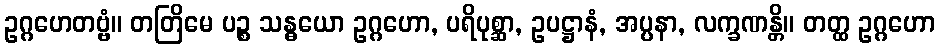
ဥဂ္ဂဟေတဗ္ဗံ။ တတြိမေ ပဉ္စ သန္ဓယော ဥဂ္ဂဟော, ပရိပုစ္ဆာ, ဥပဋ္ဌာနံ, အပ္ပနာ, လက္ခဏန္တိ။ တတ္ထ ဥဂ္ဂဟော